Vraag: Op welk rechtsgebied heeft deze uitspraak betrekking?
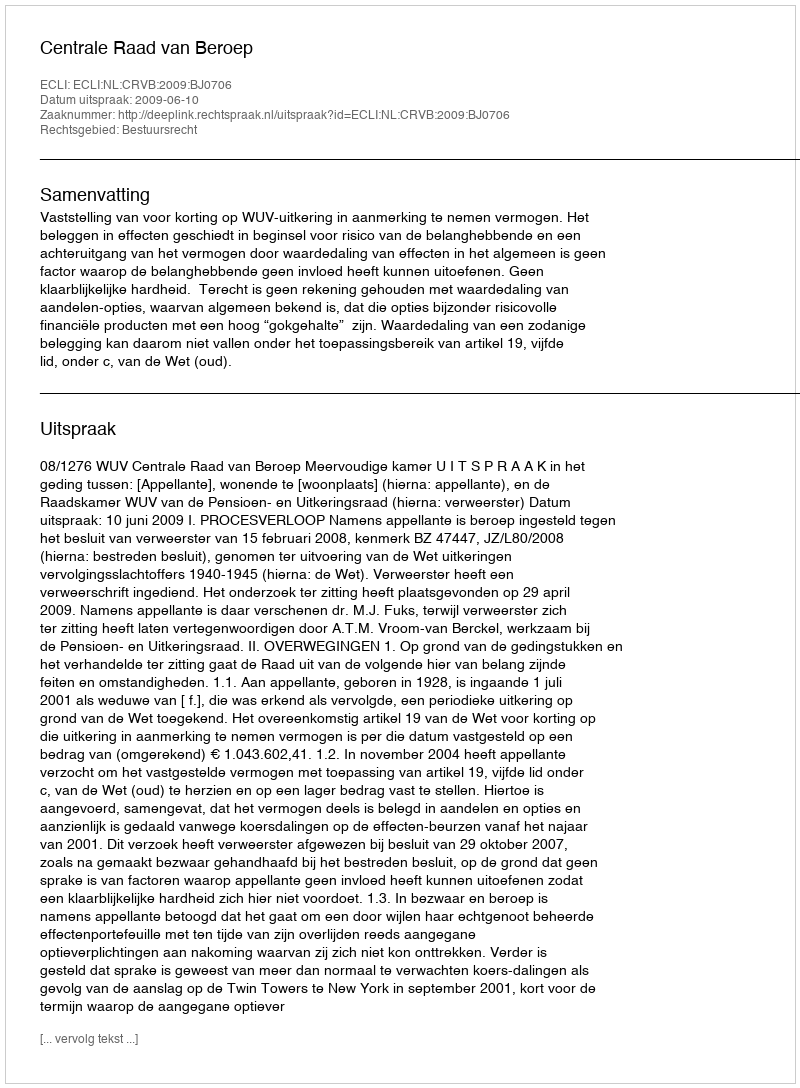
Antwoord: Bestuursrecht